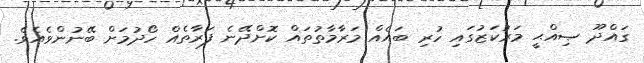
ގައްދޫ ޞިއްޙީ މަރުކަޒުގައި ހުރި ބައެއް މަރާމާތުތައް ކޮށްދޭނެ ފަރާތެއް ހޯދުމަށް ބޭނުންވެއެވެ.